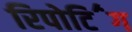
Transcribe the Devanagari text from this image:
रिपोटि॔ंग